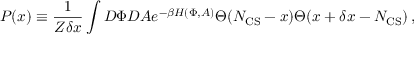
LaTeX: P ( x ) \equiv \frac { 1 } { Z \delta x } \int { \cal D } \Phi { \cal D } A e ^ { - \beta H ( \Phi , A ) } \Theta ( N _ { \mathrm { C S } } - x ) \Theta ( x + \delta x - N _ { \mathrm { C S } } ) \, ,